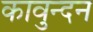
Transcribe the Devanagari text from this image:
कावुन्दन